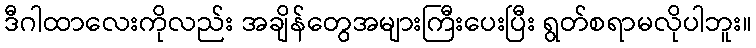
ဒီဂါထာလေးကိုလည်း အချိန်တွေအများကြီးပေးပြီး ရွတ်စရာမလိုပါဘူး။